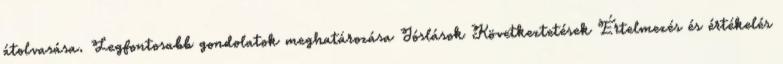
átolvasása. Legfontosabb gondolatok meghatározása Jóslások Következtetések Értelmezés és értékelés